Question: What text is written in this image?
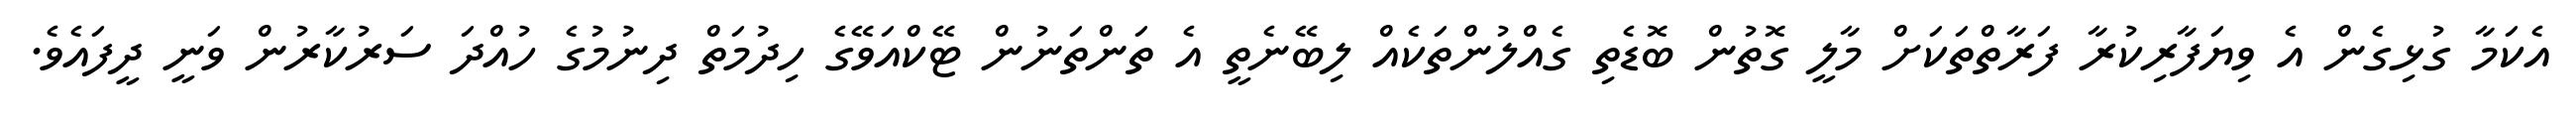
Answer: އެކަމާ ގުޅިގެން އެ ވިޔަފާރިކުރާ ފަރާތްތަކަށް މާލީ ގޮތުން ބޮޑެތި ގެއްލުންތަކެއް ލިބޭނެތީ އެ ތަންތަނުން ޓޭކްއަވޭގެ ހިދުމަތް ދިނުމުގެ ހުއްދަ ސަރުކާރުން ވަނީ ދީފައެވެ.